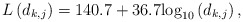
\begin{align*}L\left(d_{k,j}\right)=140.7 + 36.7{\log _{10}}\left( {{d_{{{k,j}}}}} \right),\end{align*}